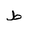
Letter: _da